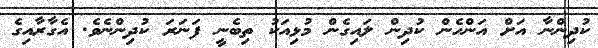
ކުދިންނާ އަށް އަންހެން ކުދިން ލައިގެން މުޅިއަކު ތިބެނީ ފަނަރަ ކުދިންނެވެ. އެގާރާއިގެ